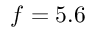
f = 5 . 6